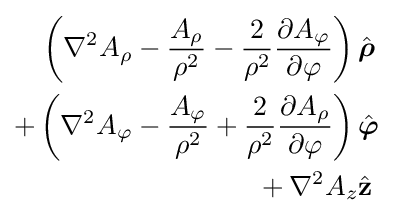
{\begin{aligned}{\mathopen {}}\left(\nabla ^{2}A_{\rho }-{\frac {A_{\rho }}{\rho ^{2}}}-{\frac {2}{\rho ^{2}}}{\frac {\partial A_{\varphi }}{\partial \varphi }}\right){\mathclose {}}&{\hat {\boldsymbol {\rho }}}\\+{\mathopen {}}\left(\nabla ^{2}A_{\varphi }-{\frac {A_{\varphi }}{\rho ^{2}}}+{\frac {2}{\rho ^{2}}}{\frac {\partial A_{\rho }}{\partial \varphi }}\right){\mathclose {}}&{\hat {\boldsymbol {\varphi }}}\\{}+\nabla ^{2}A_{z}&{\hat {\mathbf {z} }}\end{aligned}}